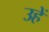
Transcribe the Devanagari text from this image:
उहें